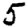
Digit: 5